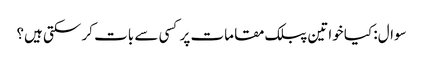
سوال: کیا خواتین پبلک مقامات پر کسی سے بات کر سکتی ہیں؟